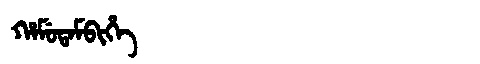
Manchu: ᡥᠠᠮᡠᡨᠠᠮᠪᡳᡥᡝ
Romanization: HAMUTAMBIHE